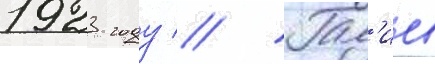
1923 году // Гал'иев